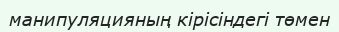
манипуляцияның кірісіндегі төмен